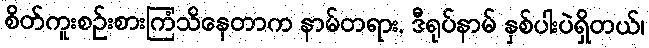
စိတ်ကူးစဉ်းစားကြံသိနေတာက နာမ်တရား, ဒီရုပ်နာမ် နှစ်ပါးပဲရှိတယ်၊